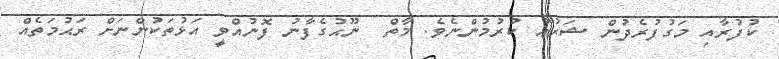
ކުފުރާއި މަގުފުރެދުން ޝަރުޢު ކުރުމުންނެވެ. މާތް  ނޫޙުގެފާނު ފޮނުއްވީ އަޅުތަކުންނަށް ރަޙުމަތެއް